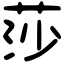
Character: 莎